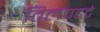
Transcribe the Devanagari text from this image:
तिलचटटे